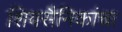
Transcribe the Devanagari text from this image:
शिवसैनिकांचा